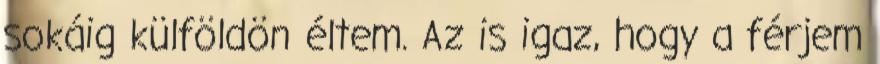
sokáig külföldön éltem. Az is igaz, hogy a férjem